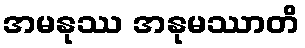
အမနုဿ အနုမဿာတိ